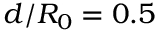
d / R _ { 0 } = 0 . 5